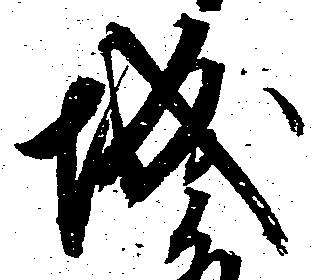
城